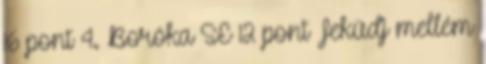
16 pont 4. Boróka SE 12 pont Feküdj mellém